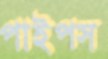
পাইপস